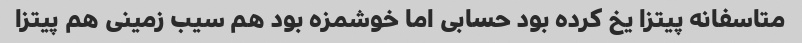
متاسفانه پیتزا یخ کرده بود حسابی اما خوشمزه بود هم سیب زمینی هم پیتزا